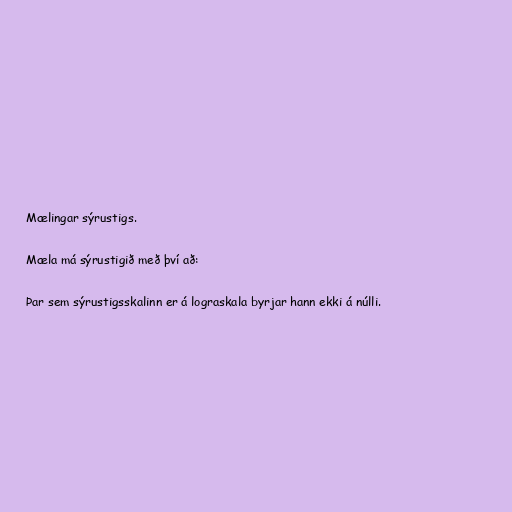
Mælingar sýrustigs.

Mæla má sýrustigið með því að:

Þar sem sýrustigsskalinn er á lograskala byrjar hann ekki á núlli.